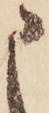
申